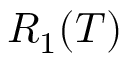
R _ { 1 } ( T )